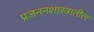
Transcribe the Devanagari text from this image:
प्रजननशास्त्रातील